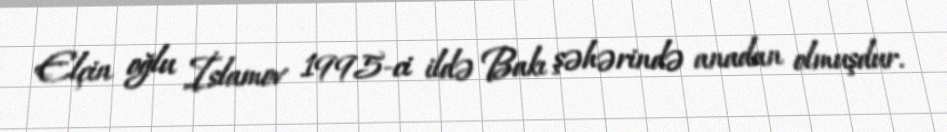
Elçin oğlu İslamov 1995-ci ildə Bakı şəhərində anadan olmuşdur.